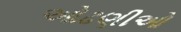
ઓઢણીઓ